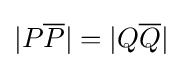
|P{\overline {P}}|=|Q{\overline {Q}}|